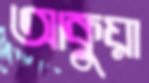
আকুয়া